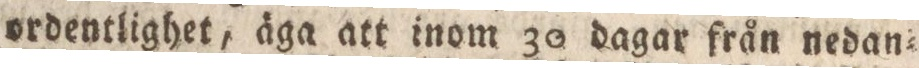
ordentlighet, äga att inom 30 dagar från nedan=